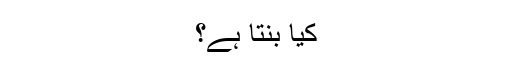
کیا بنتا ہے؟